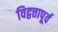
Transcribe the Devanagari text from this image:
विद्वत्तापूर्व